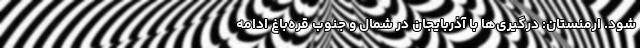
شود. ارمنستان: درگیری‌ها با آذربایجان در شمال و جنوب قره‌باغ ادامه